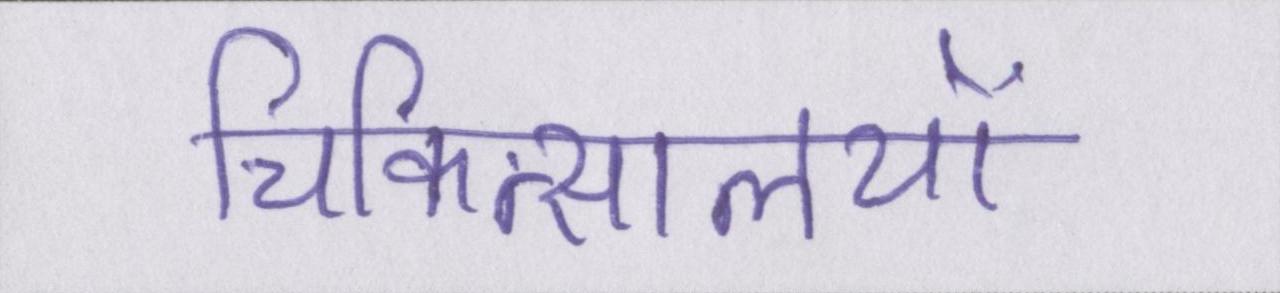
चिकित्सालयों